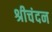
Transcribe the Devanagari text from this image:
श्रीचंदन